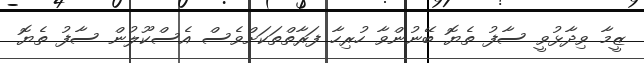
ޒީމާ ވިދާޅުވީ ސާފު ތެޔޮ ބޭނުންވާ ހުރިހާ ފަރާތްތަކަށްވެސް އެސްކޫލުން ސާފު ތެޔޮ